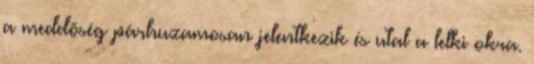
a meddõség párhuzamosan jelentkezik és utal a lelki okra.